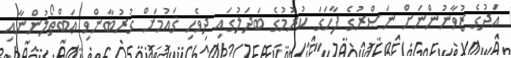
އަދުގެ ޒުވާނުންނަަށް ނަޞްރުގެ ފާހަގަ ކުރުމުގެ ބަދަލުގައި ދިވެހި ޤައުމަށް ގުރުބާންވި ޢަބްތޯލުންނާއި